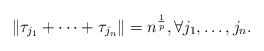
LaTeX: \begin{align*}\|\tau_{j_1}+\cdots+\tau_{j_n}\|=n^\frac{1}{p}, \forall j_1, \dots, j_n.\end{align*}